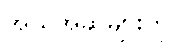
အယူအဆများကို